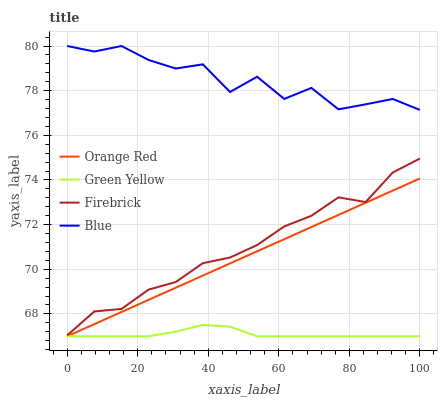
| xaxis_label | Orange Red | Green Yellow | Firebrick | Blue |
 | --- | --- | --- | --- | --- |
 | 0 | 67 | 67 | 67 | 80 |
 | 7.69 | 67.5 | 67 | 68.1 | 79.8 |
 | 15.4 | 68.1 | 67 | 68.2 | 80 |
 | 23.1 | 68.6 | 67 | 69.1 | 79.4 |
 | 30.8 | 69.2 | 67.2 | 69.4 | 79 |
 | 38.5 | 69.7 | 67.5 | 70.3 | 79.2 |
 | 46.2 | 70.3 | 67.4 | 70.5 | 77.9 |
 | 53.8 | 70.8 | 67 | 71.1 | 78.6 |
 | 61.5 | 71.3 | 67 | 71.9 | 77.6 |
 | 69.2 | 71.9 | 67 | 72.4 | 78.1 |
 | 76.9 | 72.4 | 67 | 73.2 | 77.2 |
 | 84.6 | 73 | 67 | 73 | 77.4 |
 | 92.3 | 73.5 | 67 | 74.3 | 77.6 |
 | 100 | 74.1 | 67 | 75 | 77.1 |